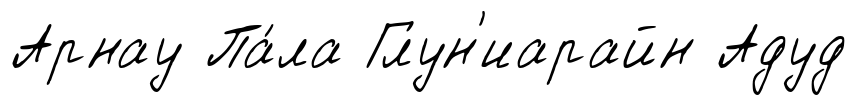
Арнау Па́ла Глун'иарайн Адуд